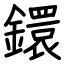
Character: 鐶